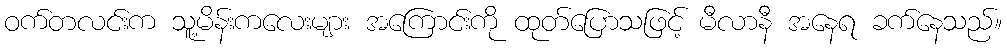
ဝက်တလင်းက သူ့မိန်းကလေးများ အကြောင်းကို ထုတ်ပြောသဖြင့် မီလာနီ အနေရ ခက်နေသည်။